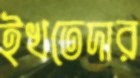
ইখতেদার